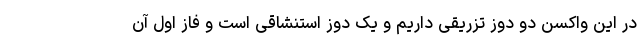
در این واکسن دو دوز تزریقی داریم و یک دوز استنشاقی است و فاز اول آن